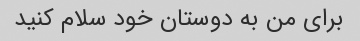
برای من به دوستان خود سلام کنید